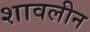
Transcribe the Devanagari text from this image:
शावलीन